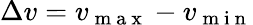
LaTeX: \Delta v=v_{\mathrm{~m~a~x~}}-v_{\mathrm{~m~i~n~}}